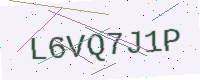
Text: L6VQ7J1P